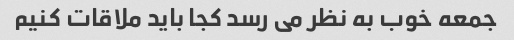
جمعه خوب به نظر می رسد کجا باید ملاقات کنیم